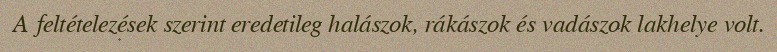
A feltételezések szerint eredetileg halászok, rákászok és vadászok lakhelye volt.